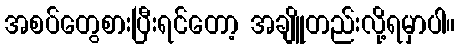
အစပ်တွေစားပြီးရင်တော့ အချိူတည်းလို့ရမှာပါ။